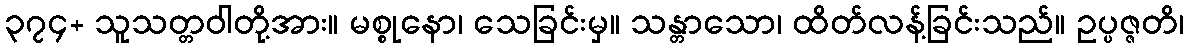
၃၇၄+ သူသတ္တဝါတို့အား။ မစ္စုနော၊ သေခြင်းမှ။ သန္တာသော၊ ထိတ်လန့်ခြင်းသည်။ ဥပ္ပဇ္ဇတိ၊